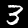
Digit: 3